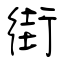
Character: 街